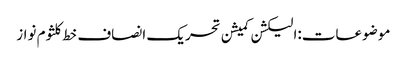
موضوعات:الیکشن کمیشن تحریک انصاف خط کلثوم نواز